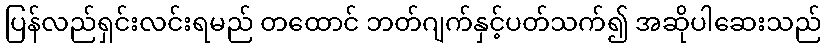
ပြန်လည်ရှင်းလင်းရမည် တထောင် ဘတ်ဂျက်နှင့်ပတ်သက်၍ အဆိုပါဆေးသည်